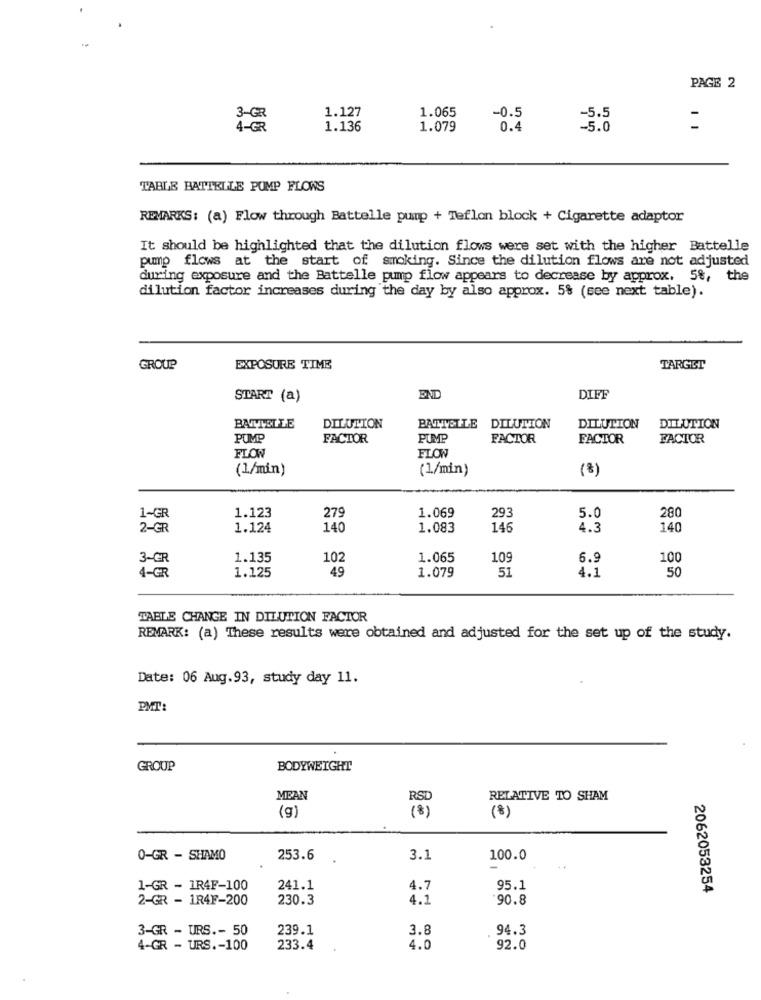
PAGE 2
1.127
1.065
3-GR
-0.5
-5.5
4-GR
1.136
1.079
0.4
-5.0
TABLE BATTELLE PUMP FLOWS
REMARKS: (a) Flow through Battelle pump + Teflon block + Cigarette adaptor
It should be highlighted that the dilution flows were set with the higher Battelle
pump flows at the start of smoking. Since the dilution flows are not adjusted
during exposure and the Battelle pump flow appears to decrease by approx. 5%, the
dilution factor increases during the day by also approx. 5% (see next table).
GROUP
EXPOSURE TIME
TARGET
START (a)
END
DIFF
BATTELLE
DILUTION
BATTELLE
DILUTION
DILUTION
DILUTION
PUMP
FACTOR
FACTOR
FACTOR
FACTOR
FLOW
FLOW
(1/min)
(1/min)
(%)
1.123
1.069
280
1~GR
279
293
5.0
2-GR
1.124
140
1.083
146
4.3
140
3-GR
1.135
102
1.065
109
6.9
100
4-GR
1.125
49
1.079
4.1
50
51
TABLE CHANGE IN DILUTION FACTOR
REMARK: (a) These results were obtained and adjusted for the set up of the study.
Date: 06 Aug.93, study day 11.
PMT:
GROUP
BODYWEIGHT
MEAN
RSL
RELATIVE TO SHAM
(g)
(8)
(8)
0-GR - SHAMO
253.6
3.1
100.0
1-GR - 1R4F-100
241.1
4.7
95.1
2062053254
2-GR - 1R4F-200
230.3
4.1
'90.8
3-GR - URS .- 50
239.1
3.8
94.3
4-GR - URS .- 100
233.4
4.0
92.0